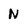
Character: N